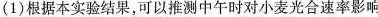
(1)根据本实验结果，可以推测中午时对小麦光合速率影响